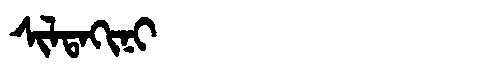
Manchu: ᠰᡳᠯᡨᠠᡴᡳᠨᡳ
Romanization: SILTAKINI